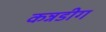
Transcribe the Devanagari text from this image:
कन्नडीग